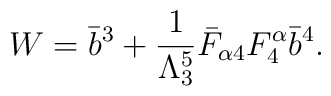
W=\bar{b}^3 +\frac{1}{\Lambda_3^5} \bar{F}_{\alpha 4} F^\alpha_4    \bar{b}^4.